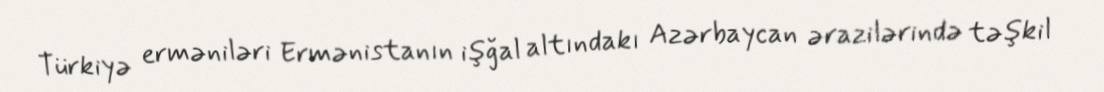
Türkiyə erməniləri Ermənistanın işğal altındakı Azərbaycan ərazilərində təşkil